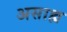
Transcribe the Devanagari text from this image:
असाह्य